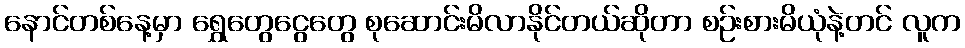
နောင်တစ်နေ့မှာ ရွှေတွေငွေတွေ စုဆောင်းမိလာနိုင်တယ်ဆိုတာ စဉ်းစားမိယုံနဲ့တင် လူက